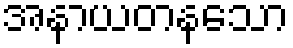
အနာယတနသော